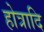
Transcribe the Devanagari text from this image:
होत्रादि